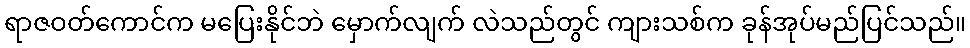
ရာဇဝတ်ကောင်က မပြေးနိုင်ဘဲ မှောက်လျက် လဲသည်တွင် ကျားသစ်က ခုန်အုပ်မည်ပြင်သည်။